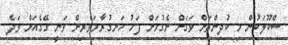
ސްކޫލަކުން މި ކުދިންތަށް ވަގަށް ނެގުމަށް ފަހު ހަނގުރާމަވެރިން ވަނީ ގޭގެއަށް ވަދެ